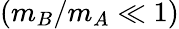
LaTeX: (m_{B}/m_{A}\ll 1)